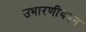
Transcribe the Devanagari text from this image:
उभारणीवरुन